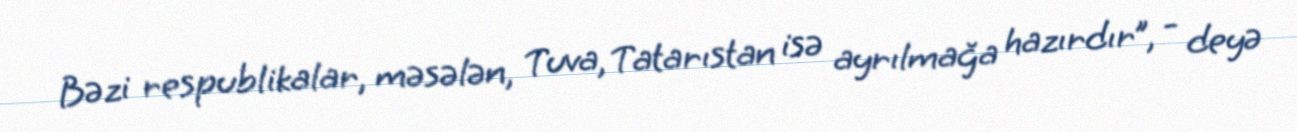
Bəzi respublikalar, məsələn, Tuva, Tatarıstan isə ayrılmağa hazırdır”, - deyə